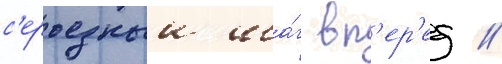
с'ерьезныи ша́г вп'ер'ед //